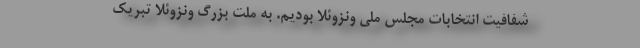
شفافیت انتخابات مجلس ملی ونزوئلا بودیم. به ملت بزرگ ونزوئلا تبریک